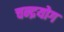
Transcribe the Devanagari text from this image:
चन्द्रयोग